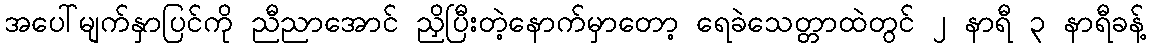
အပေါ်မျက်နှာပြင်ကို ညီညာအောင် ညှိပြီးတဲ့နောက်မှာတော့ ရေခဲသေတ္တာထဲတွင် ၂ နာရီ ၃ နာရီခန့်